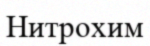
Нитрохим